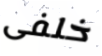
خلفى